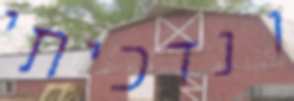
ונדכיתי